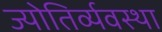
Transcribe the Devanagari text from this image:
ज्योतिर्व्यवस्था